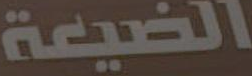
الضيعة